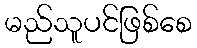
မည်သူပင်ဖြစ်စေ